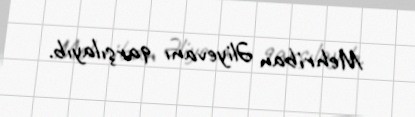
Mehriban Əliyevanı qarşılayıb.